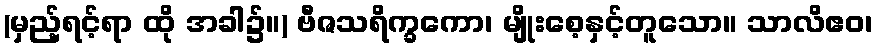
(မှည့်ရင့်ရာ ထို အခါ၌။) ဗီဇသရိက္ခကော၊ မျိုးစေ့နှင့်တူသော။ သာလိဧဝ၊